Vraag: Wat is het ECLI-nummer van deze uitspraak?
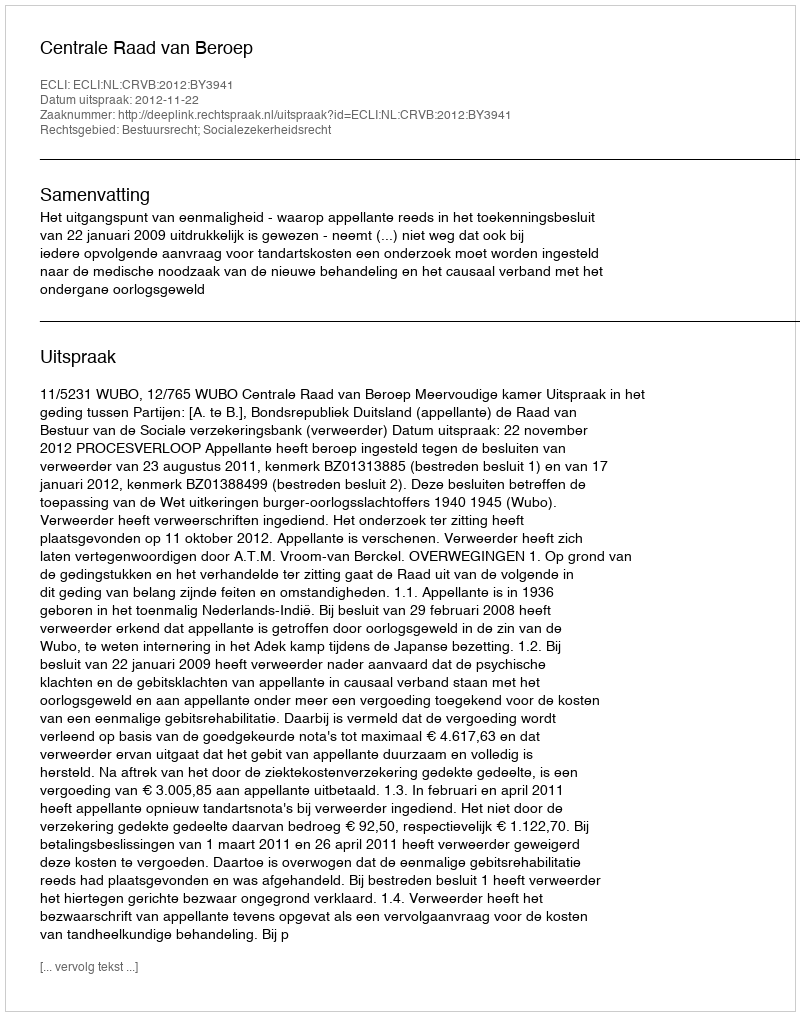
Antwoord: ECLI:NL:CRVB:2012:BY3941